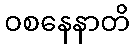
ဝစနေနာတိ